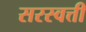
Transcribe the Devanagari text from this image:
सरस्वत्ती